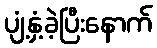
ပျံ့နှံ့ခဲ့ပြီးနောက်